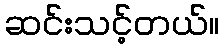
ဆင်းသင့်တယ်။